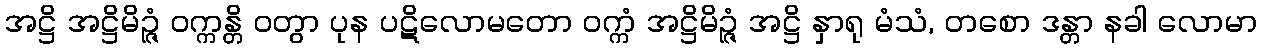
အဋ္ဌိ အဋ္ဌိမိဉ္ဇံ ဝက္ကန္တိ ဝတွာ ပုန ပဋိလောမတော ဝက္ကံ အဋ္ဌိမိဉ္ဇံ အဋ္ဌိ နှာရု မံသံ, တစော ဒန္တာ နခါ လောမာ